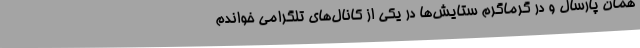
همان پارسال و در گرماگرم ستایش‌ها در یکی از کانال‌های تلگرامی خواندم